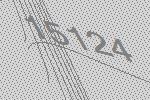
15124